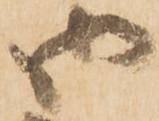
御